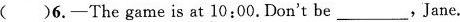
( )6.—The game is at 10:00.Don't be______,Jane.